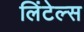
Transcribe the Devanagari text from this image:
लिंटेल्स